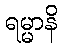
ရမ္မာနိ